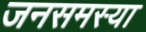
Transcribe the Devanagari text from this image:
जनसमस्या